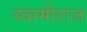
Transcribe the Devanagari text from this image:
स्वामीराज